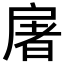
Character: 𫼏